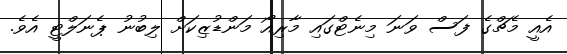
އެއީ މެޗްގެ ފަސް ވަނަ މިނެޓްގައި މާރިއޯ މަންޑުޒިކަށް ލިބުނު ޕެނަލްޓީ އެވެ.